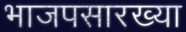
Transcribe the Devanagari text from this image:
भाजपसारख्या